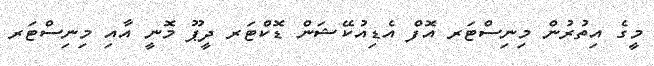
މީގެ އިތުރުން މިނިސްޓަރ އޮފް އެޑިއުކޭޝަން ޑޮކްޓަރ ދީޕޫ މޮނީ އާއި މިނިސްޓަރ